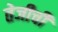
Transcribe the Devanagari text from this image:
तेजीची